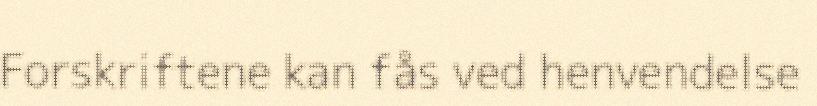
Forskriftene kan fås ved henvendelse